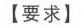
【要求】